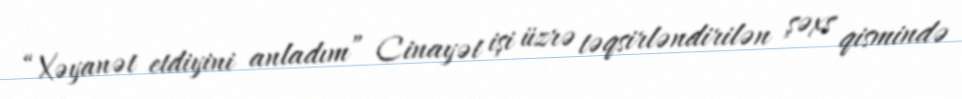
“Xəyanət etdiyini anladım” Cinayət işi üzrə təqsirləndirilən şəxs qismində